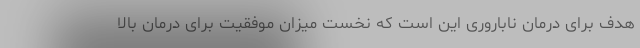
هدف برای درمان ناباروری این است که نخست میزان موفقیت برای درمان بالا